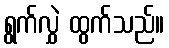
ရွက်လွှဲ ထွက်သည်။